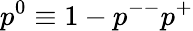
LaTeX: p^{0}\equiv 1-p^{--}p^{+}